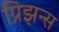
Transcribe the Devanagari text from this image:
प्रिझन्स